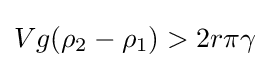
Vg(\rho _{2}-\rho _{1})>2r\pi \gamma \!